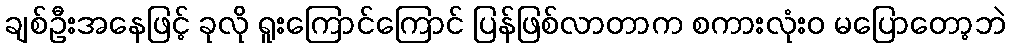
ချစ်ဦးအနေဖြင့် ခုလို ရူးကြောင်ကြောင် ပြန်ဖြစ်လာတာက စကားလုံးဝ မပြောတော့ဘဲ